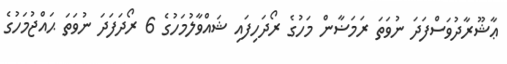
ޢާޝޫރާދުވަސްފަދަ ނުވަތަ ރަމަޟާން މަހުގެ ރޯދަހިފައި ޝައްވާލުމަހުގެ 6 ރޯދަފަދަ ނުވަތަ ޙައްޖުމަހުގެ